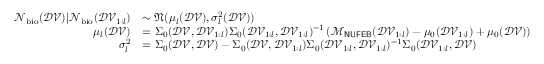
\begin{array} { r l } { \mathcal { N } _ { \mathrm { b i o } } ( \mathcal { D V } ) | \mathcal { N } _ { \mathrm { b i o } } ( \mathcal { D V } _ { 1 : l } ) } & { \sim \mathfrak { N } ( \mu _ { l } ( \mathcal { D V } ) , \sigma _ { l } ^ { 2 } ( \mathcal { D V } ) ) } \\ { \mu _ { l } ( \mathcal { D V } ) } & { = \Sigma _ { 0 } ( \mathcal { D V } , \mathcal { D V } _ { 1 : l } ) \Sigma _ { 0 } ( \mathcal { D V } _ { 1 : l } , \mathcal { D V } _ { 1 : l } ) ^ { - 1 } \left( \mathcal { M } _ { \sf N U F E B } ( \mathcal { D V } _ { 1 : l } ) - \mu _ { 0 } ( \mathcal { D V } _ { 1 : l } ) + \mu _ { 0 } ( \mathcal { D V } ) \right) } \\ { \sigma _ { l } ^ { 2 } } & { = \Sigma _ { 0 } ( \mathcal { D V } , \mathcal { D V } ) - \Sigma _ { 0 } ( \mathcal { D V } , \mathcal { D V } _ { 1 : l } ) \Sigma _ { 0 } ( \mathcal { D V } _ { 1 : l } , \mathcal { D V } _ { 1 : l } ) ^ { - 1 } \Sigma _ { 0 } ( \mathcal { D V } _ { 1 : l } , \mathcal { D V } ) } \end{array}